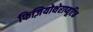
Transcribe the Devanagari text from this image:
फिज़ियोथेराप्यूटिक